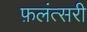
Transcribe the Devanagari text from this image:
फ़लंत्सरी